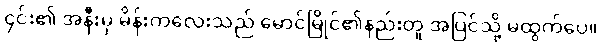
၄င်း၏ အနီးမှ မိန်းကလေးသည် မောင်မြိုင်၏နည်းတူ အပြင်သို့ မထွက်ပေ။